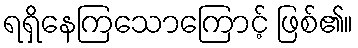
ရရှိနေကြသောကြောင့် ဖြစ်၏။